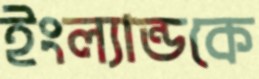
ইংল্যান্ডকে